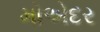
મોએદર